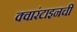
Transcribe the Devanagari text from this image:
क्वारंटाइनची